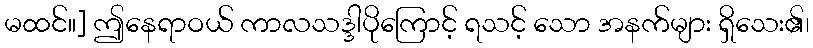
မထင်။] ဤနေရာဝယ် ကာလသဒ္ဒါပိုကြောင့် ရသင့် သော အနက်များ ရှိသေး၏၊